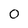
Character: 0